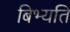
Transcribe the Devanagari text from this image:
बिभ्यति